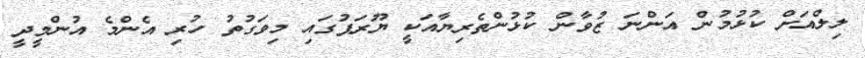
ލިލްއަށް ކުޅުމުން އަންނަ ޒުވާން ކުޅުންތެރިޔާއަކީ ޔޫރަޕުގައި މިވަގުތު ހުރި އެންމެ އުންމީދީ